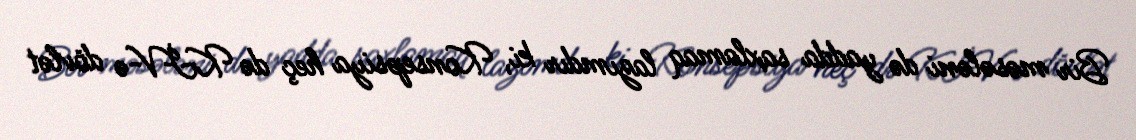
Bir məsələni də yadda saxlamaq lazımdır ki, Konsepsiya heç də KİV-ə dövlət